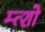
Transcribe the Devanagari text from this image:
म्त्शो